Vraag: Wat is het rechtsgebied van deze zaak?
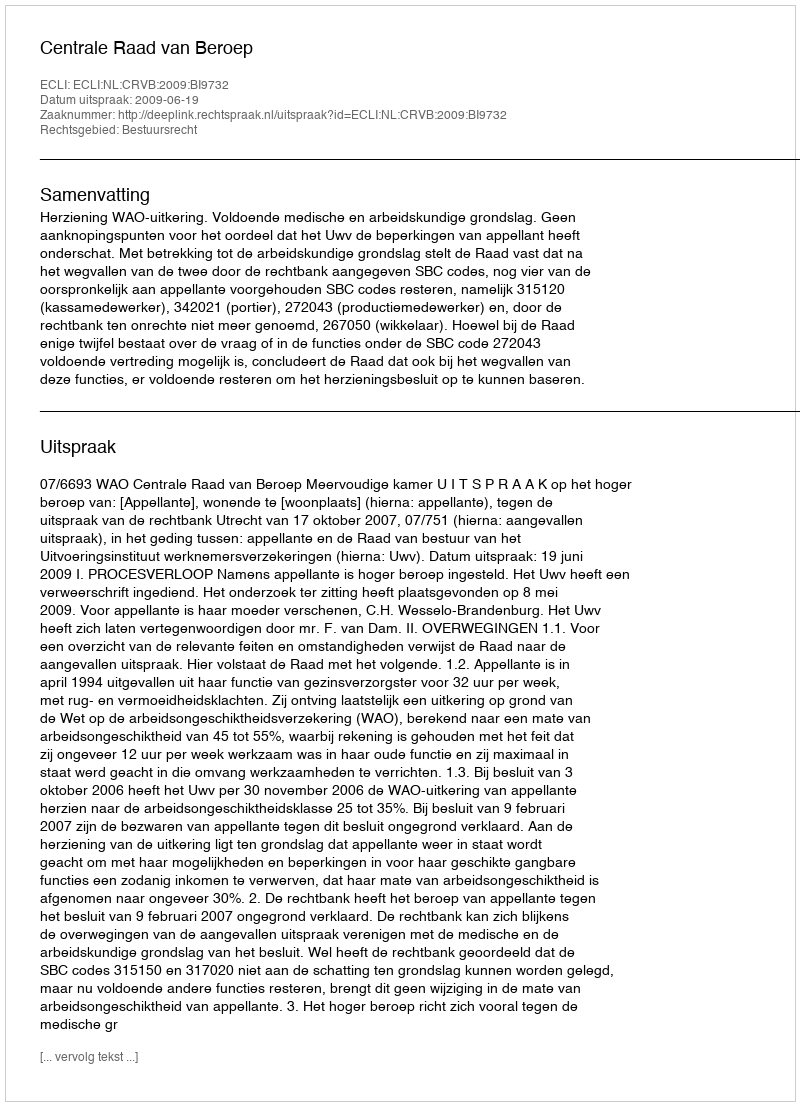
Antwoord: Bestuursrecht